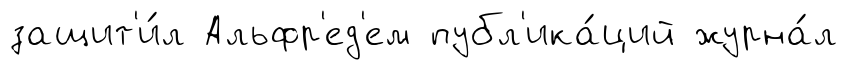
защит'и́л Альфр'ед'ем публ'ика́ций журна́л